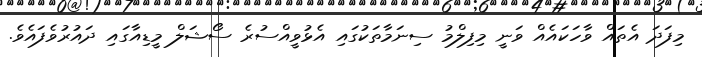
މިފަދަ އެތައް ވާހަކައެއް ވަނީ މިފިލްމު ސިނަމާތަކުގައި އެޅުވީއްސުރެ ސޯޝަލް މީޑިއާގައި ދައުރުވެފައެވެ.